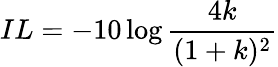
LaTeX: IL=-10\log\frac{4k}{(1+k)^{2}}